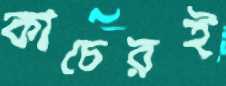
কাচেরই